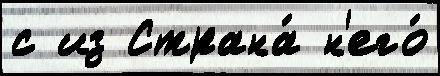
с из Страна́ н'его́